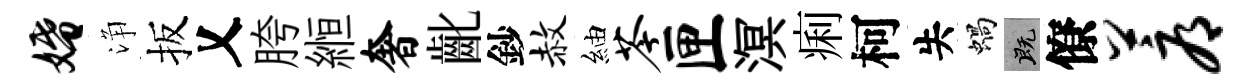
婚浄扳乂胯縆奢齔鈔赦紬苓匣溟痢柯失蝸既僚蓐